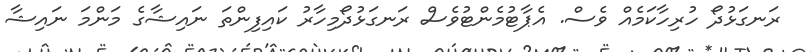
ރަނގަޅުދޯ ހުރިހާކަމެއް ވެސް. އެޕާޓުމެންޓުވެސް ރަނގަޅުދޯމިހާރު ކައިފިންތަ ނައިޝާގެ މަންމަ ނައިޝާ